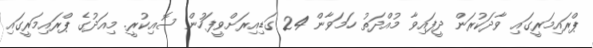
ޕްރައިމަރީގައި ވާދަކުރަން ދީފައިވާ މުއްދަތު ހަމަވާން 24 ގަޑިއިރަށްވީފަހުން ސޮއިކުރީ. މިއަދުގެ ޕްރައިމަރީގައި